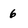
Character: 6